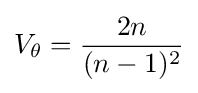
V_{\theta }={\frac {2n}{(n-1)^{2}}}